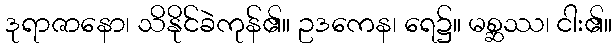
ဒုရာဇာနော၊ သိနိုင်ခဲကုန်၏။ ဥဒကေန၊ ရေ၌။ မစ္ဆဿ၊ ငါး၏။